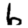
Digit: 6